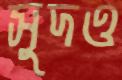
সুদও